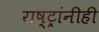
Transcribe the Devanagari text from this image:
राष्ट्रांनीही